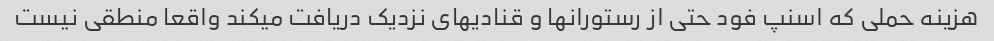
هزینه حملی که اسنپ فود حتی از رستورانها و قنادیهای نزدیک دریافت میکند واقعا منطقی نیست